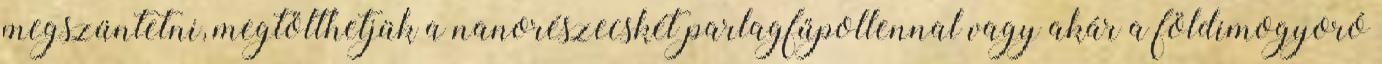
megszüntetni, megtölthetjük a nanorészecskét parlagfűpollennal vagy akár a földimogyoró